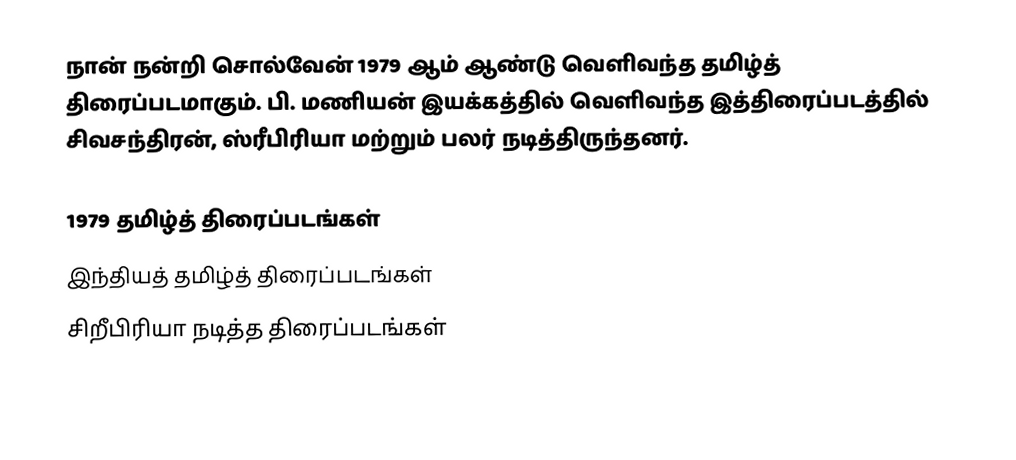
நான் நன்றி சொல்வேன் 1979 ஆம் ஆண்டு வெளிவந்த தமிழ்த் திரைப்படமாகும். பி. மணியன் இயக்கத்தில் வெளிவந்த இத்திரைப்படத்தில் சிவசந்திரன், ஸ்ரீபிரியா மற்றும் பலர் நடித்திருந்தனர்.

1979 தமிழ்த் திரைப்படங்கள்
இந்தியத் தமிழ்த் திரைப்படங்கள்
சிறீபிரியா நடித்த திரைப்படங்கள்